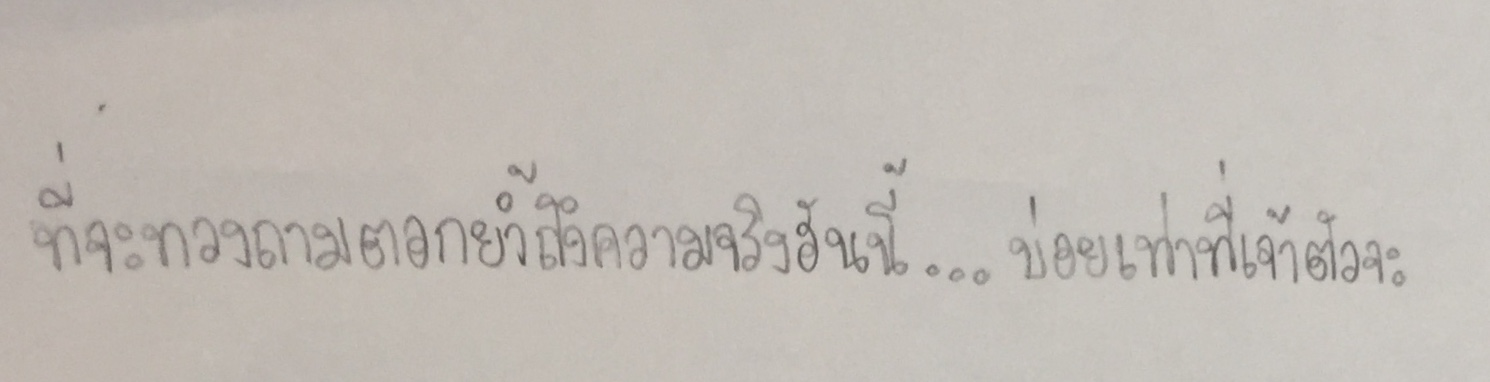
ที่จะทวงถามตอกย้ำถึงความจริงอันนี้...บ่อยเท่าที่เจ้าตัวจะ